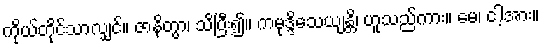
ကိုယ်တိုင်သာလျှင်။ ဇာနိတွာ၊ သိပြီး၍။ ကမုဒ္ဒိသေယျန္တိ၊ ဟူသည်ကား။ မေ၊ ငါ့အား။